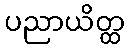
ပညာယိတ္ထ